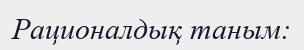
Рационалдық таным: